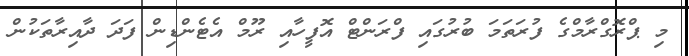
މި ޕްރޮގްރާމްގެ ފުރަތަމަ ބުރުގައި ފްރަންޓް އޮފީހާއި ރޫމް އެޓެންޑިން ފަދަ ދާއިރާތަކުން